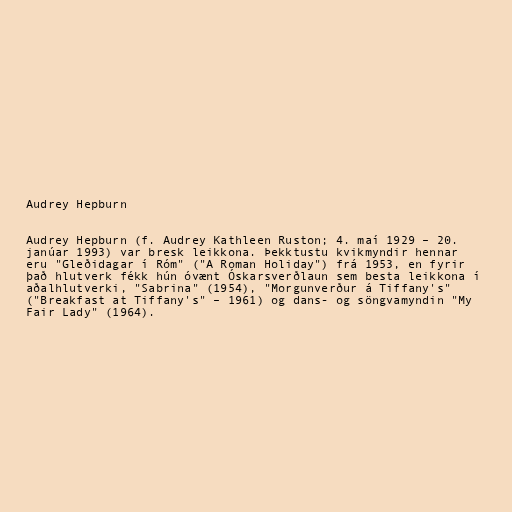
Audrey Hepburn

Audrey Hepburn (f. Audrey Kathleen Ruston; 4. maí 1929 – 20.
janúar 1993) var bresk leikkona. Þekktustu kvikmyndir hennar
eru "Gleðidagar í Róm" ("A Roman Holiday") frá 1953, en fyrir
það hlutverk fékk hún óvænt Óskarsverðlaun sem besta leikkona í
aðalhlutverki, "Sabrina" (1954), "Morgunverður á Tiffany's"
("Breakfast at Tiffany's" – 1961) og dans- og söngvamyndin "My
Fair Lady" (1964).